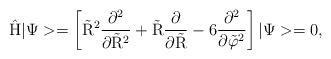
LaTeX: \begin{align*}\rm \hat H |\Psi> = \left[\tilde R^2 \frac{\partial^2}{\partial \tilde R^2}+\tilde R\frac{\partial}{\partial \tilde R} -6 \frac{\partial^2}{\partial \tilde \varphi^2} \right ] |\Psi> =0, \end{align*}